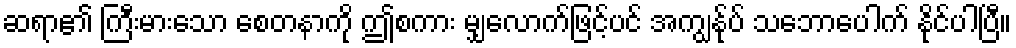
ဆရာ၏ ကြီးမားသော စေတနာကို ဤစကား မျှလောက်ဖြင့်ပင် အကျွန်ုပ် သဘောပေါက် နိုင်ပါပြီ။